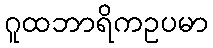
ဂူထဘာရိကဥပမာ